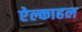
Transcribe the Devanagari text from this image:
ऐल्काहल